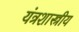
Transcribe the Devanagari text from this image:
यंत्रशास्त्रीय